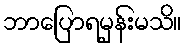
ဘာပြောရမှန်းမသိ။